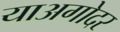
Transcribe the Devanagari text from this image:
याअगोदर